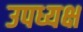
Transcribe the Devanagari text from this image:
उपध्यक्ष